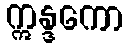
ဣန္ဒကော